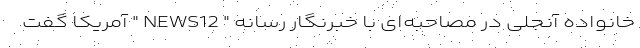
خانواده آنجلی در مصاحبه‌ای با خبرنگار رسانه " NEWS12 " آمریکا گفت